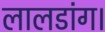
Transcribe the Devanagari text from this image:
लालडांग।